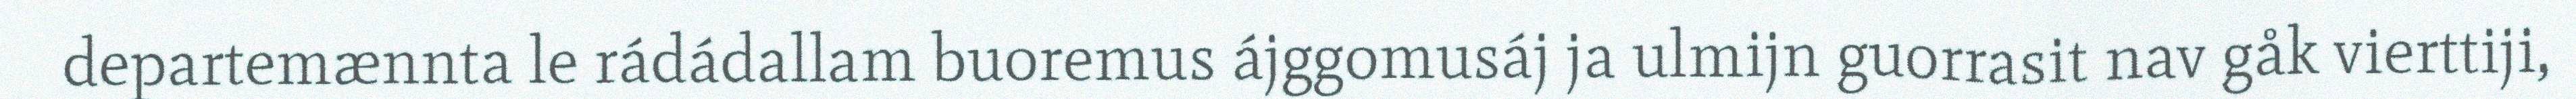
departemænnta le rádádallam buoremus ájggomusáj ja ulmijn guorrasit nav gåk vierttiji,